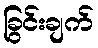
ခြွင်းချက်